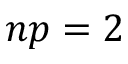
n p = 2